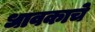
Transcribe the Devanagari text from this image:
धावकाचे